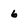
Character: 6